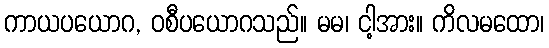
ကာယပယောဂ, ဝစီပယောဂသည်။ မမ၊ ငါ့အား။ ကိလမထော၊